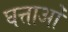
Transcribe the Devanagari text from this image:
घत्ताओं